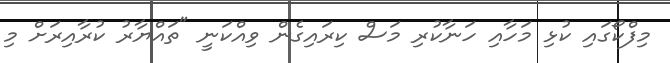
މިފްކޯގައި ކުޅި މަހާއި ހަނާކުރި މަސް ކިރައިގެން ވިއްކަނީ "ތައްޔާރު ކުރާއިރަށް މި